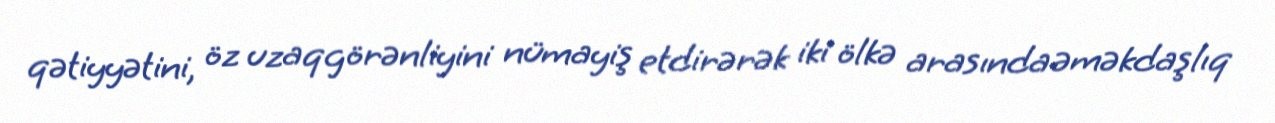
qətiyyətini, öz uzaqgörənliyini nümayiş etdirərək iki ölkə arasında əməkdaşlıq